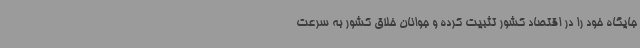
جایگاه خود را در اقتصاد کشور تثبیت کرده و جوانان خلاق کشور به سرعت